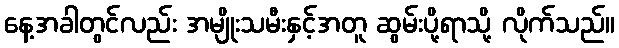
နေ့အခါတွင်လည်း အမျိုးသမီးနှင့်အတူ ဆွမ်းပို့ရာသို့ လိုက်သည်။